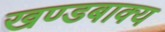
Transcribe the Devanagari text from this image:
खण्डबाक्य